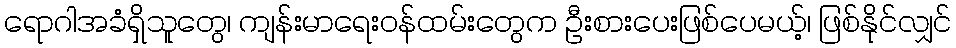
ရောဂါအခံရှိသူတွေ၊ ကျန်းမာရေးဝန်ထမ်းတွေက ဦးစားပေးဖြစ်ပေမယ့်၊ ဖြစ်နိုင်လျှင်